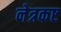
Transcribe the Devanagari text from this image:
नेत्रकष्ट